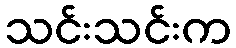
သင်းသင်းက